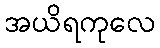
အယိရကုလေ